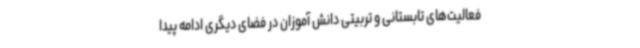
فعالیت‌های تابستانی و تربیتی دانش آموزان در فضای دیگری ادامه پیدا